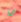
ما